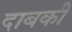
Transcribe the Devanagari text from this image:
दाबकी